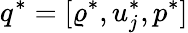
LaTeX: q^{*}=[\varrho^{*},u_{j}^{*},p^{*}]